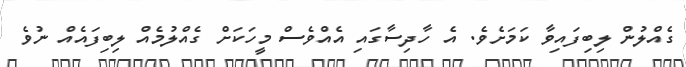
ގެއްލުން ލިބިފައިވާ ކަމަށެވެ. އެ ހާދިސާގައި އެއްވެސް މީހަކަށް ގެއްލުމެއް ލިބިފައެއް ނުވެ